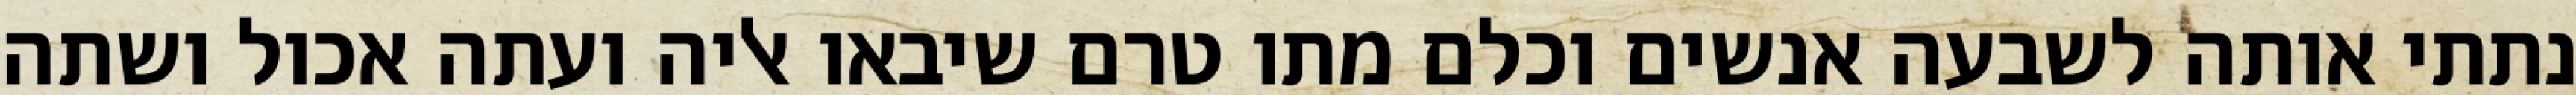
נתתי אותה לשבעה אנשים וכלם מתו טרם שיבאו אליה ועתה אכול ושתה